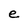
Character: e